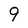
Character: 9